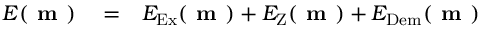
\begin{array} { r l r } { E ( \textbf { m } ) } & { { } = } & { E _ { \mathrm { E x } } ( \textbf { m } ) + E _ { \mathrm { Z } } ( \textbf { m } ) + E _ { \mathrm { D e m } } ( \textbf { m } ) } \end{array}